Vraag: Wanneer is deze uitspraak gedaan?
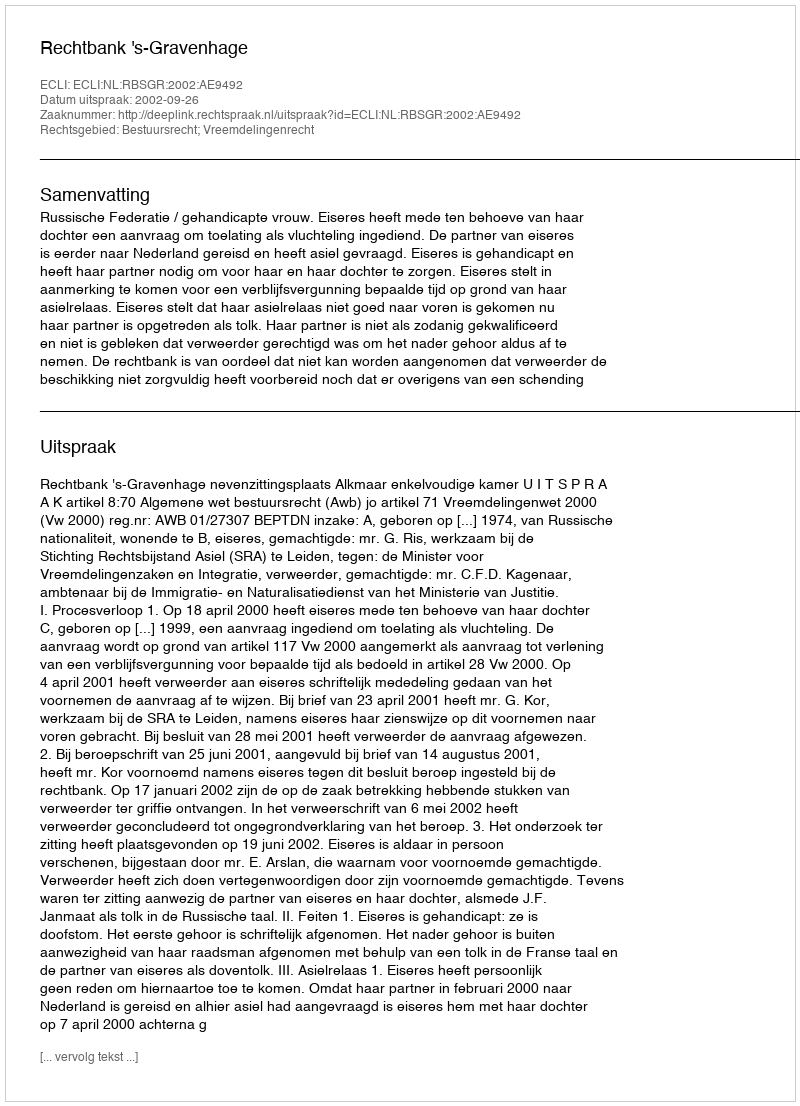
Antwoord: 2002-09-26